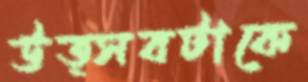
উত্সবটাকে